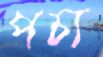
পচ্য